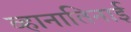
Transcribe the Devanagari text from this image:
व्हानातिनाई